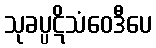
သုခပ္ပဋိသံဝေဒီပေ